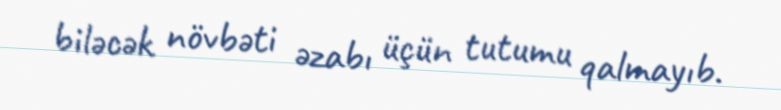
biləcək növbəti əzabı üçün tutumu qalmayıb.